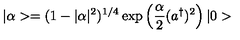
| \alpha > = ( 1 - | \alpha | ^ { 2 } ) ^ { 1 / 4 } \exp \left( \frac { \alpha } { 2 } ( a ^ { \dagger } ) ^ { 2 } \right) | 0 >